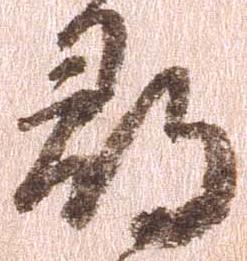
尋